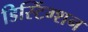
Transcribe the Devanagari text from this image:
डिस्टिंग्शन